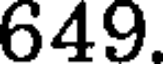
649.